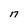
Character: a